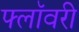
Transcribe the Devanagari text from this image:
फ्लॉवरी